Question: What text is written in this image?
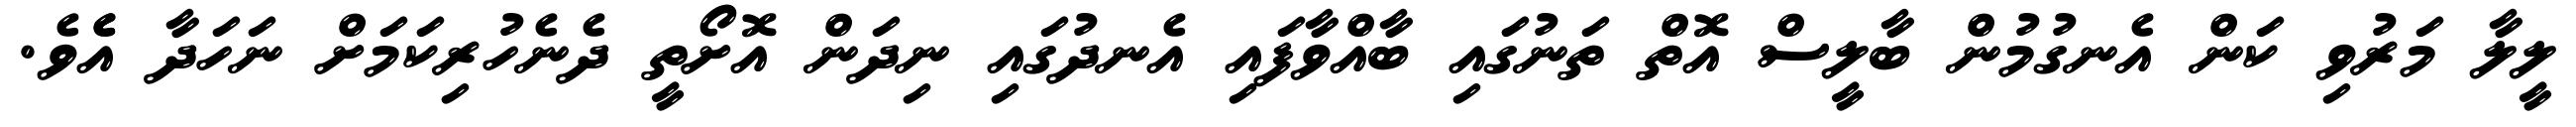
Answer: ލީލާ މަރުވި ކަން އެނގުމުން ބާލީސް އޮތް ތަނުގައި ބާއްވާފައި އެނދުގައި ނިދަން އޮށޯތީ ދެނެހުރިކަމަށް ނަހަދާ އެެވެ.